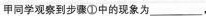
甲同学观察到步骤①中的现象为___，